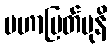
မဟာမြတ်မုနိ